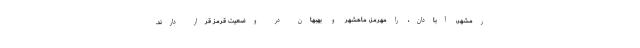
رمشهر، آبادان، رامهرمز، ماهشهر و بهبهان در وضعیت قرمز قرار دارند.